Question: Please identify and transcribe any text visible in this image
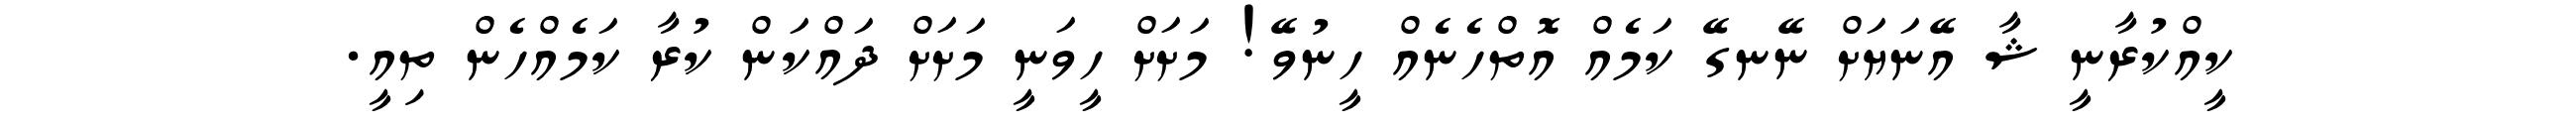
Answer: ކީއްކުރާނީ ޝާ އޭނަޔަށް ނޭނގޭ ކަމެއް އޮތްހެނެއް ހީނުވޭ! މަށަށް ހީވަނީ މަށަށް ދައްކަން ކުރާ ކަމެއްހެން ތިއީ.